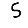
Digit: 5